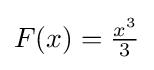
F(x)={\tfrac {x^{3}}{3}}